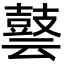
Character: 𪔎